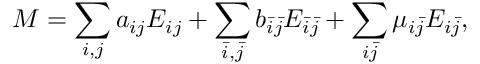
M = \sum _ { i , j } a _ { i j } E _ { i j } + \sum _ { \bar { i } , \bar { j } } b _ { \bar { i } \bar { j } } E _ { \bar { i } \bar { j } } + \sum _ { i \bar { j } } \mu _ { i \bar { j } } E _ { i \bar { j } } ,